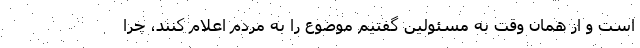
است و از همان وقت به مسئولین گفتیم موضوع را به مردم اعلام کنند، چرا